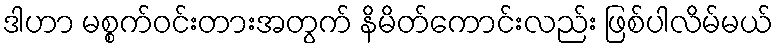
ဒါဟာ မစ္စက်ဝင်းတားအတွက် နိမိတ်ကောင်းလည်း ဖြစ်ပါလိမ်မယ်